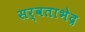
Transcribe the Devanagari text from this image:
सर्वताभेद्र